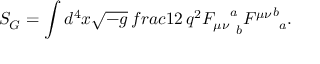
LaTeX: S _ { G } = \int d ^ { 4 } x \sqrt { - g } \, f r a c { 1 } { 2 \, q ^ { 2 } } { F _ { \mu \nu } } _ { \ b } ^ { a } { F ^ { \mu \nu } } _ { \ a } ^ { b } .